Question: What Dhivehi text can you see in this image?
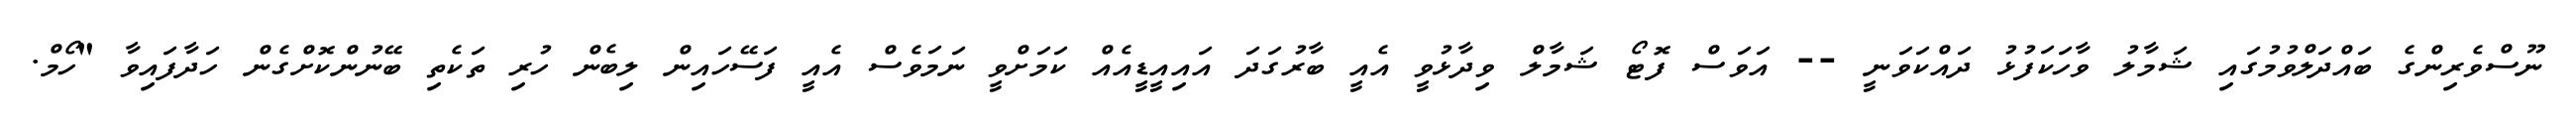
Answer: ނޫސްވެރިންގެ ބައްދަލްވުމުގައި ޝަމާލު ވާހަކަފުޅު ދައްކަވަނީ -- އަވަސް ފޮޓޯ ޝަމާލް ވިދާޅުވީ އެއީ ބާރުގަދަ އައިއީޑީއެއް ކަމަށްވީ ނަމަވެސް އެއީ ފަސޭހައިން ލިބެން ހުރި ތަކެތި ބޭނުންކޮށްގެން ހަދާފައިވާ "ހޯމް.